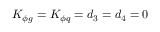
K _ { \phi g } = K _ { \phi q } = d _ { 3 } = d _ { 4 } = 0